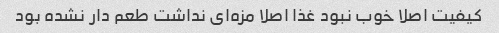
کیفیت اصلا خوب نبود غذا اصلا مزه‌ای نداشت طعم دار نشده بود